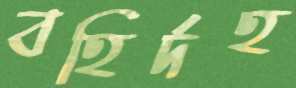
বহির্দহ